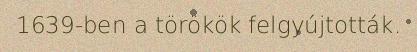
1639-ben a törökök felgyújtották.